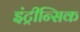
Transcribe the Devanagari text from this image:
इंट्रीन्सिक